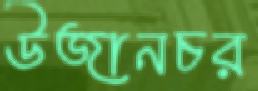
উজানচর